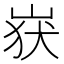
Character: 𮱬